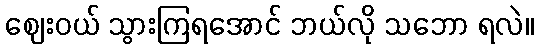
ဈေးဝယ် သွားကြရအောင် ဘယ်လို သဘော ရလဲ။